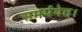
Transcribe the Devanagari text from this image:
समर्पयेत।